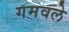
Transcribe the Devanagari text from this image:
गमवले